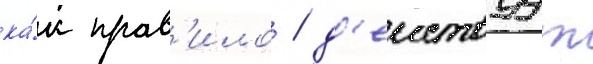
ка́к прав'ило / д'еиствуут